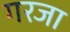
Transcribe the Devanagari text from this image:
गरजा